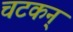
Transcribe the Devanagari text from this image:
चटकन्